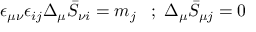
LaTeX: \epsilon _ { \mu \nu } \epsilon _ { i j } \Delta _ { \mu } \bar { S } _ { \nu i } = m _ { j } \; \; \; ; \; \Delta _ { \mu } \bar { S } _ { \mu j } = 0